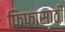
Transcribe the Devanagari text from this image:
फिफासाठी